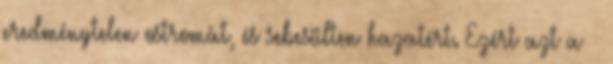
eredménytelen ostromát, és sebesülten hazatért. Ezért azt a –